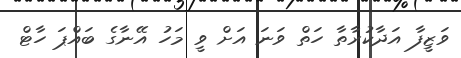
ވަޒީފާ އަދާކުރާތާ ހަތް ވަނަ އަށް ވީ މަހު އޭނާގެ ބައްޕަ ހާޓް